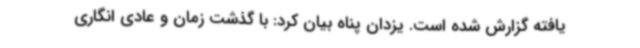
یافته گزارش شده است. یزدان پناه بیان کرد: با گذشت زمان و عادی انگاری